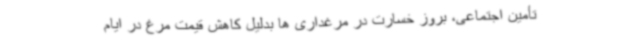
تأمین اجتماعی، بروز خسارت در مرغداری ها بدلیل کاهش قیمت مرغ در ایام